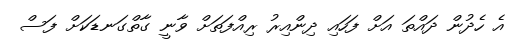
އެ ހެދުން ދައްތަ އަށް ފަހައި ދިންއިރު ރިއްފަތަށް ވާނީ ގާތްގަނޑަކަށް ފަސް